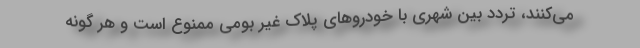
می‌کنند، تردد بین شهری با خودروهای پلاک غیر بومی ممنوع است و هر گونه